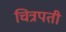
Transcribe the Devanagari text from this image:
चित्रपती